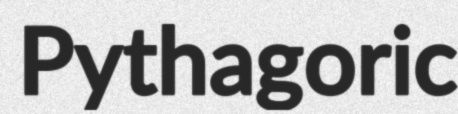
Pythagoric